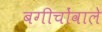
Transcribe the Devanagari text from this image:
बगीचोंवाले